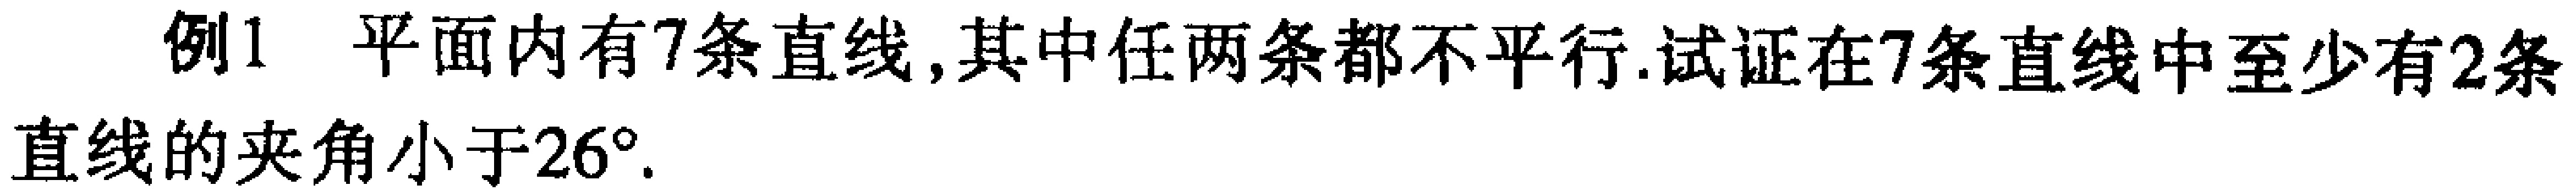
例1 平面内有7条直线,其中任两条都不平行.试证在7条直线中至少有2条直线的夹角小于$26^{\circ}$.